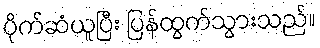
ပိုက်ဆံယူပြီး ပြန်ထွက်သွားသည်။